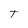
Character: T